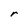
Character: r